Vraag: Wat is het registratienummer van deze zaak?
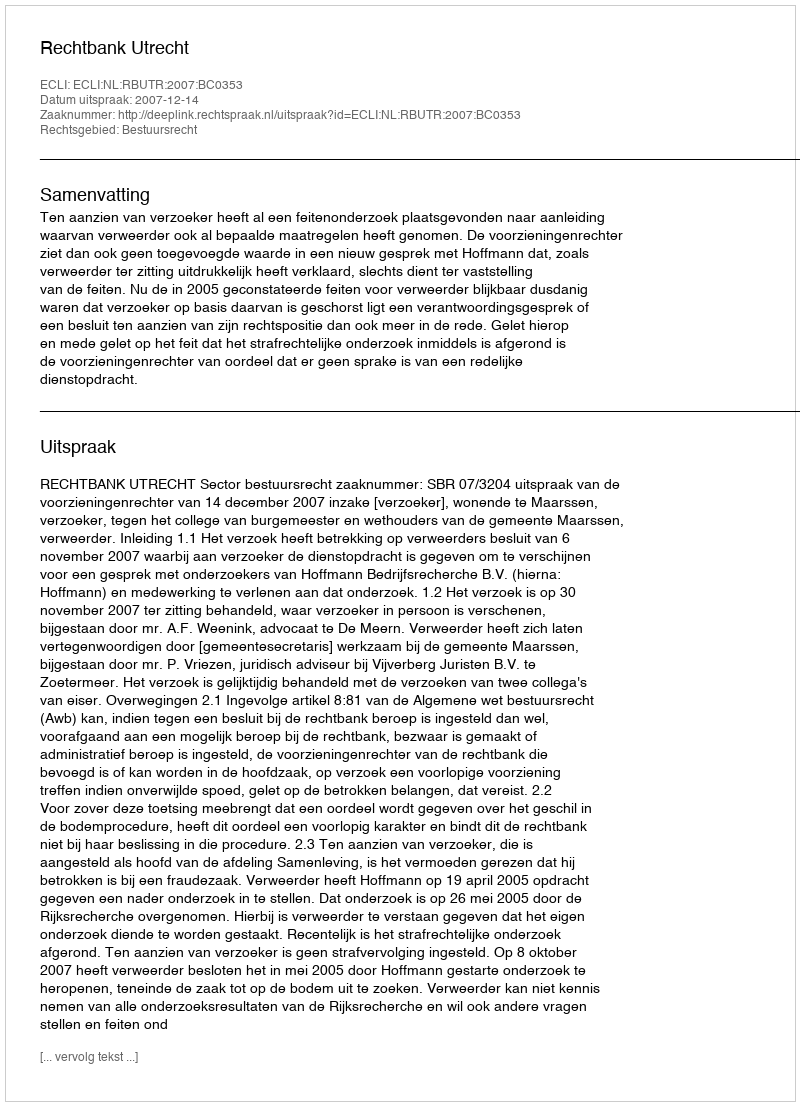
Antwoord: http://deeplink.rechtspraak.nl/uitspraak?id=ECLI:NL:RBUTR:2007:BC0353